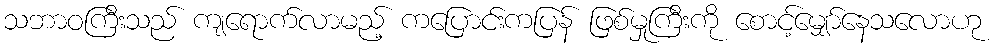
သဘာဝကြီးသည် ကျရောက်လာမည့် ကပြောင်းကပြန် ဖြစ်မှုကြီးကို စောင့်မျှော်နေသလောဟု